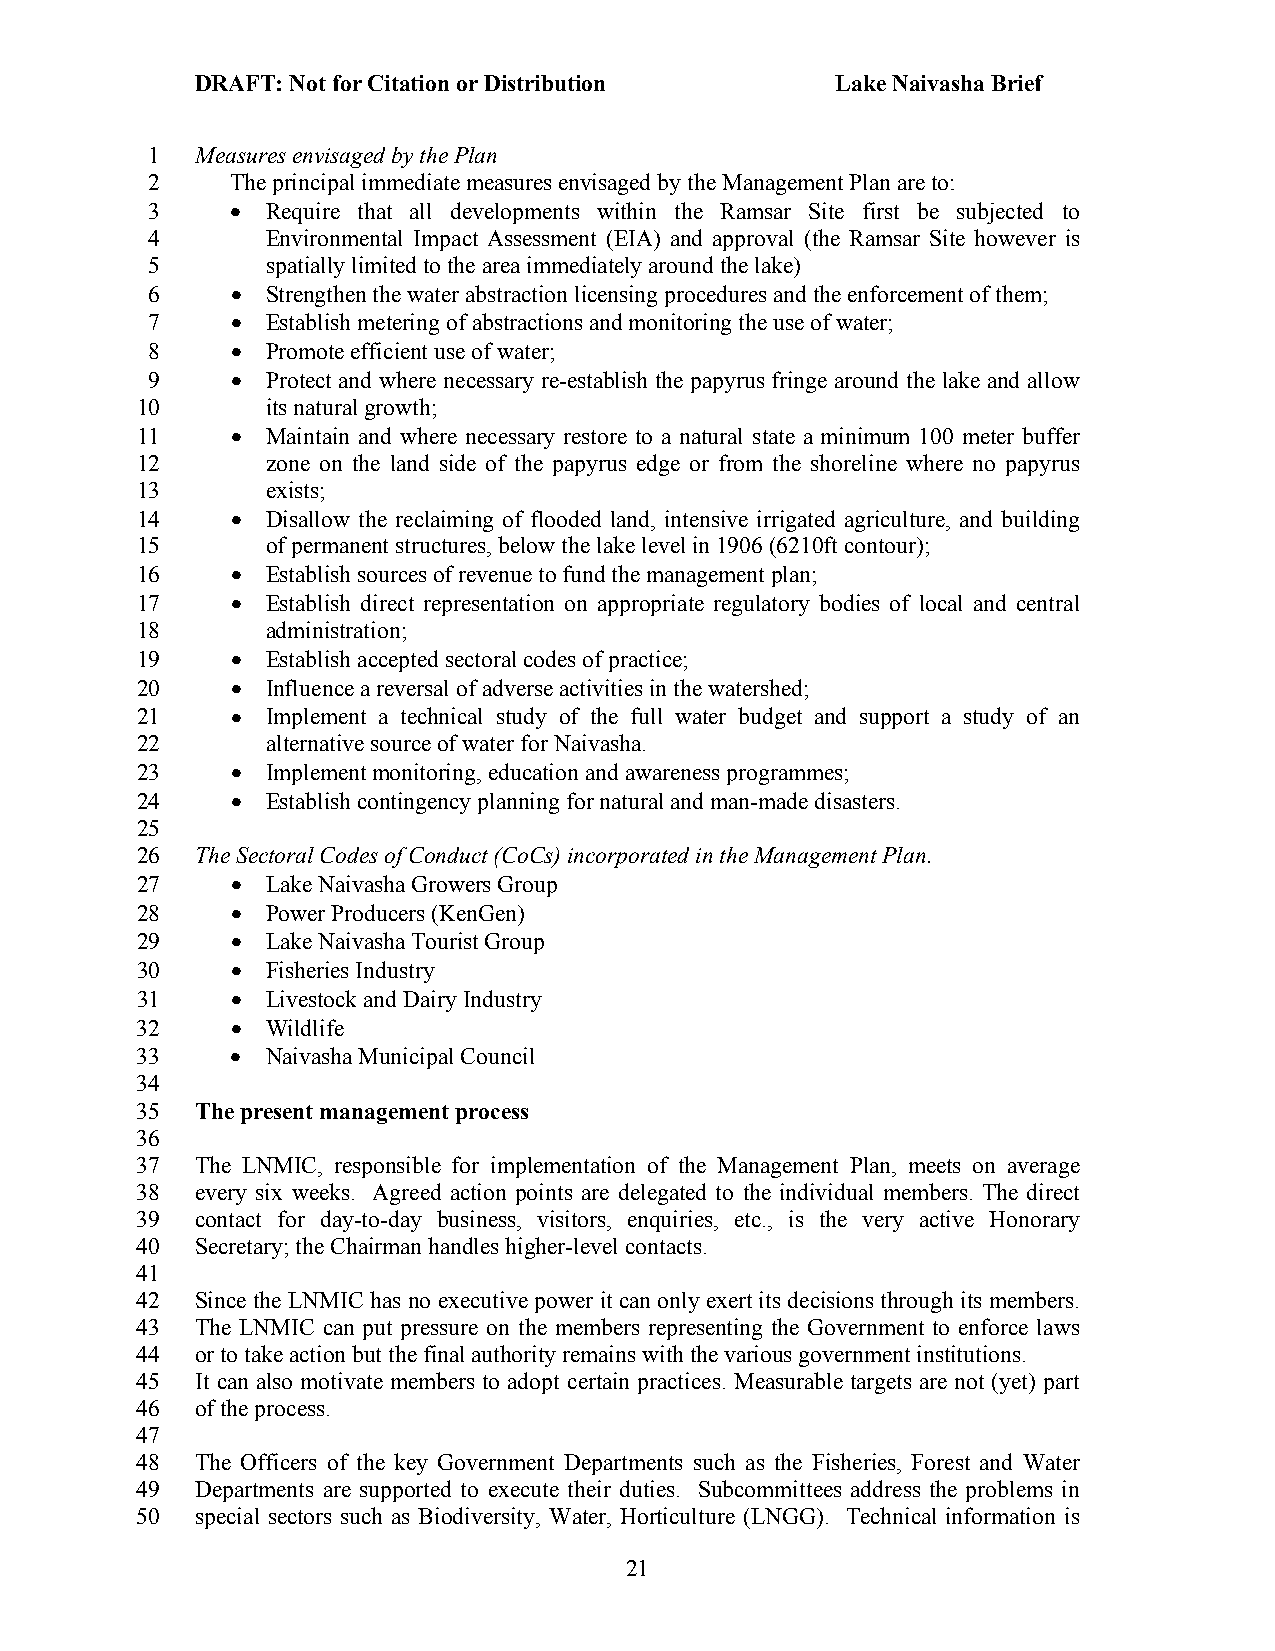
DRAFT: Not for Citation or Distribution   Lake Naivasha Brief
 1  Measures envisaged by the Plan
 2    The principal immediate measures envisaged by the Management Plan are to:
 3    •  Require that all developments within the Ramsar Site first be subjected to
 4       Environmental Impact Assessment (EIA) and approval (the Ramsar Site however is
 5       spatially limited to the area immediately around the lake)
 6    •  Strengthen the water abstraction licensing procedures and the enforcement of them;
 7    •  Establish metering of abstractions and monitoring the use of water;
 8    •  Promote efficient use of water;
 9    •  Protect and where necessary re-establish the papyrus fringe around the lake and allow
 10       its natural growth;
 11    •  Maintain and where necessary restore to a natural state a minimum 100 meter buffer
 12       zone on the land side of the papyrus edge or from the shoreline where no papyrus
 13       exists;
 14    •  Disallow the reclaiming of flooded land, intensive irrigated agriculture, and building
 15       of permanent structures, below the lake level in 1906 (6210ft contour);
 16    •  Establish sources of revenue to fund the management plan;
 17    •  Establish direct representation on appropriate regulatory bodies of local and central
 18       administration;
 19    •  Establish accepted sectoral codes of practice;
 20    •  Influence a reversal of adverse activities in the watershed;
 21    •  Implement a technical study of the full water budget and support a study of an
 22       alternative source of water for Naivasha.
 23    •  Implement monitoring, education and awareness programmes;
 24    •  Establish contingency planning for natural and man-made disasters.
 25
 26  The Sectoral Codes of Conduct (CoCs) incorporated in the Management Plan.
 27    •  Lake Naivasha Growers Group
 28    •  Power Producers (KenGen)
 29    •  Lake Naivasha Tourist Group
 30    •  Fisheries Industry
 31    •  Livestock and Dairy Industry
 32    •  Wildlife
 33    •  Naivasha Municipal Council
 34
 35  The present management process
 36
 37  The LNMIC, responsible for implementation of the Management Plan, meets on average
 38  every six weeks. Agreed action points are delegated to the individual members. The direct
 39  contact for day-to-day business, visitors, enquiries, etc., is the very active Honorary
 40  Secretary; the Chairman handles higher-level contacts.
 41
 42  Since the LNMIC has no executive power it can only exert its decisions through its members.
 43  The LNMIC can put pressure on the members representing the Government to enforce laws
 44  or to take action but the final authority remains with the various government institutions.
 45  It can also motivate members to adopt certain practices. Measurable targets are not (yet) part
 46  of the process.
 47
 48  The Officers of the key Government Departments such as the Fisheries, Forest and Water
 49  Departments are supported to execute their duties. Subcommittees address the problems in
 50  special sectors such as Biodiversity, Water, Horticulture (LNGG). Technical information is
 21